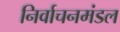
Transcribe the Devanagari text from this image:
निर्वाचनमंडल